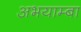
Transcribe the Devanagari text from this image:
अभयाम्बा